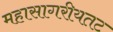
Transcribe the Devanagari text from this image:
महासागरीयतट